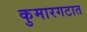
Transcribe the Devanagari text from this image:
कुमारगटात